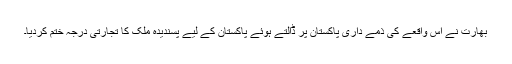
بھارت نے اس واقعے کی ذمے داری پاکستان پر ڈالتے ہوئے پاکستان کے لیے پسندیدہ ملک کا تجارتی درجہ ختم کردیا۔